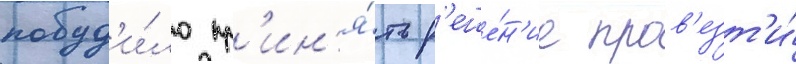
побуд'и́ло пр'ин'я́ть р'еше́н'ие пров'езт'и́